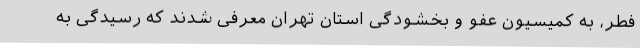
فطر، به کمیسیون عفو و بخشودگی استان تهران معرفی شدند که رسیدگی به